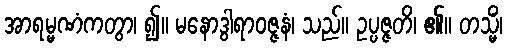
အာရမ္မဏံကတွာ၊ ၍။ မနောဒွါရာဝဇ္ဇနံ၊ သည်။ ဥပ္ပဇ္ဇတိ၊ ၏။ တသ္မိံ၊